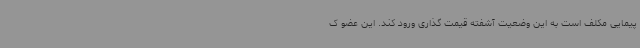
پیمایی مکلف است به این وضعیت آشفته قیمت گذاری ورود کند. این عضو ک